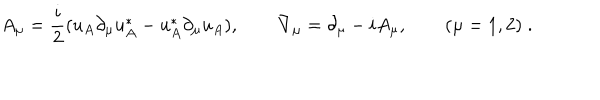
A _ { \mu } = \frac { i } { 2 } ( u _ { A } \partial _ { \mu } u _ { A } ^ { * } - u _ { A } ^ { * } \partial _ { \mu } u _ { A } ) , \qquad \nabla _ { \mu } = \partial _ { \mu } - i A _ { \mu } , \qquad ( \mu = 1 , 2 ) \; .